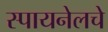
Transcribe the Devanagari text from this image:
स्पायनेलचे